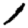
Digit: 1